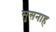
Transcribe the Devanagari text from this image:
सुसनाह